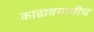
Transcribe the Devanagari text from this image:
काढावयाचीच